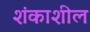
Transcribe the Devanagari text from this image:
शंकाशील